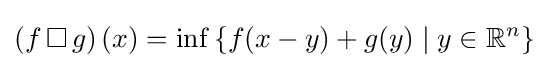
\left(f\operatorname {\Box } g\right)(x)=\inf \left\{f(x-y)+g(y)\mid y\in \mathbb {R} ^{n}\right\}